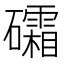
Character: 礵